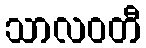
သာလဝတီ